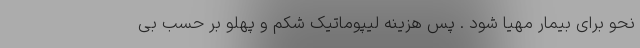
نحو برای بیمار مهیا شود . پس هزینه لیپوماتیک شکم و پهلو بر حسب بی